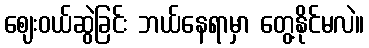
ဈေးဝယ်ဆွဲခြင်း ဘယ်နေရာမှာ တွေ့နိုင်မလဲ။